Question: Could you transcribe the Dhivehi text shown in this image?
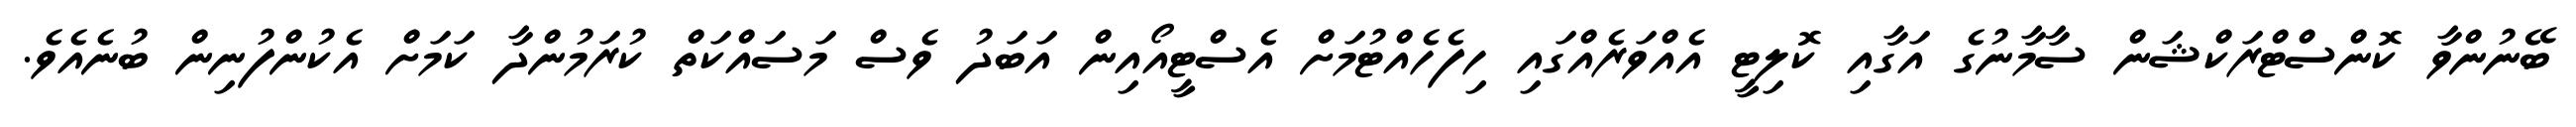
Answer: ބޭނުންވާ ކޮންސްޓްރަކްޝަން ސާމާނުގެ އަގާއި ކޮލިޓީ އެއްވަރެއްގައި ހިފެހެއްޓުމަށް އެސްޓީއޯއިން އަބަދު ވެސް މަސައްކަތް ކުރަމުންދާ ކަމަށް އެކުންފުނިން ބުނެއެވެ.